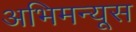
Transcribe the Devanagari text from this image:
अभिमन्यूस